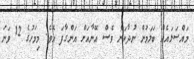
މައްސަލައެއް ބަލަމުން ނުދާކަން ވެސް އޭނާއަށް އަންގާފަ އެވެ. މިމަހުގެ 12 ވަނަ